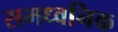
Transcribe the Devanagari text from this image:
समध्वनिक